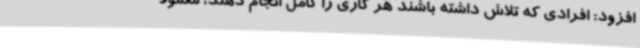
افزود: افرادی که تلاش داشته باشند هر کاری را کامل انجام دهند، معمولا